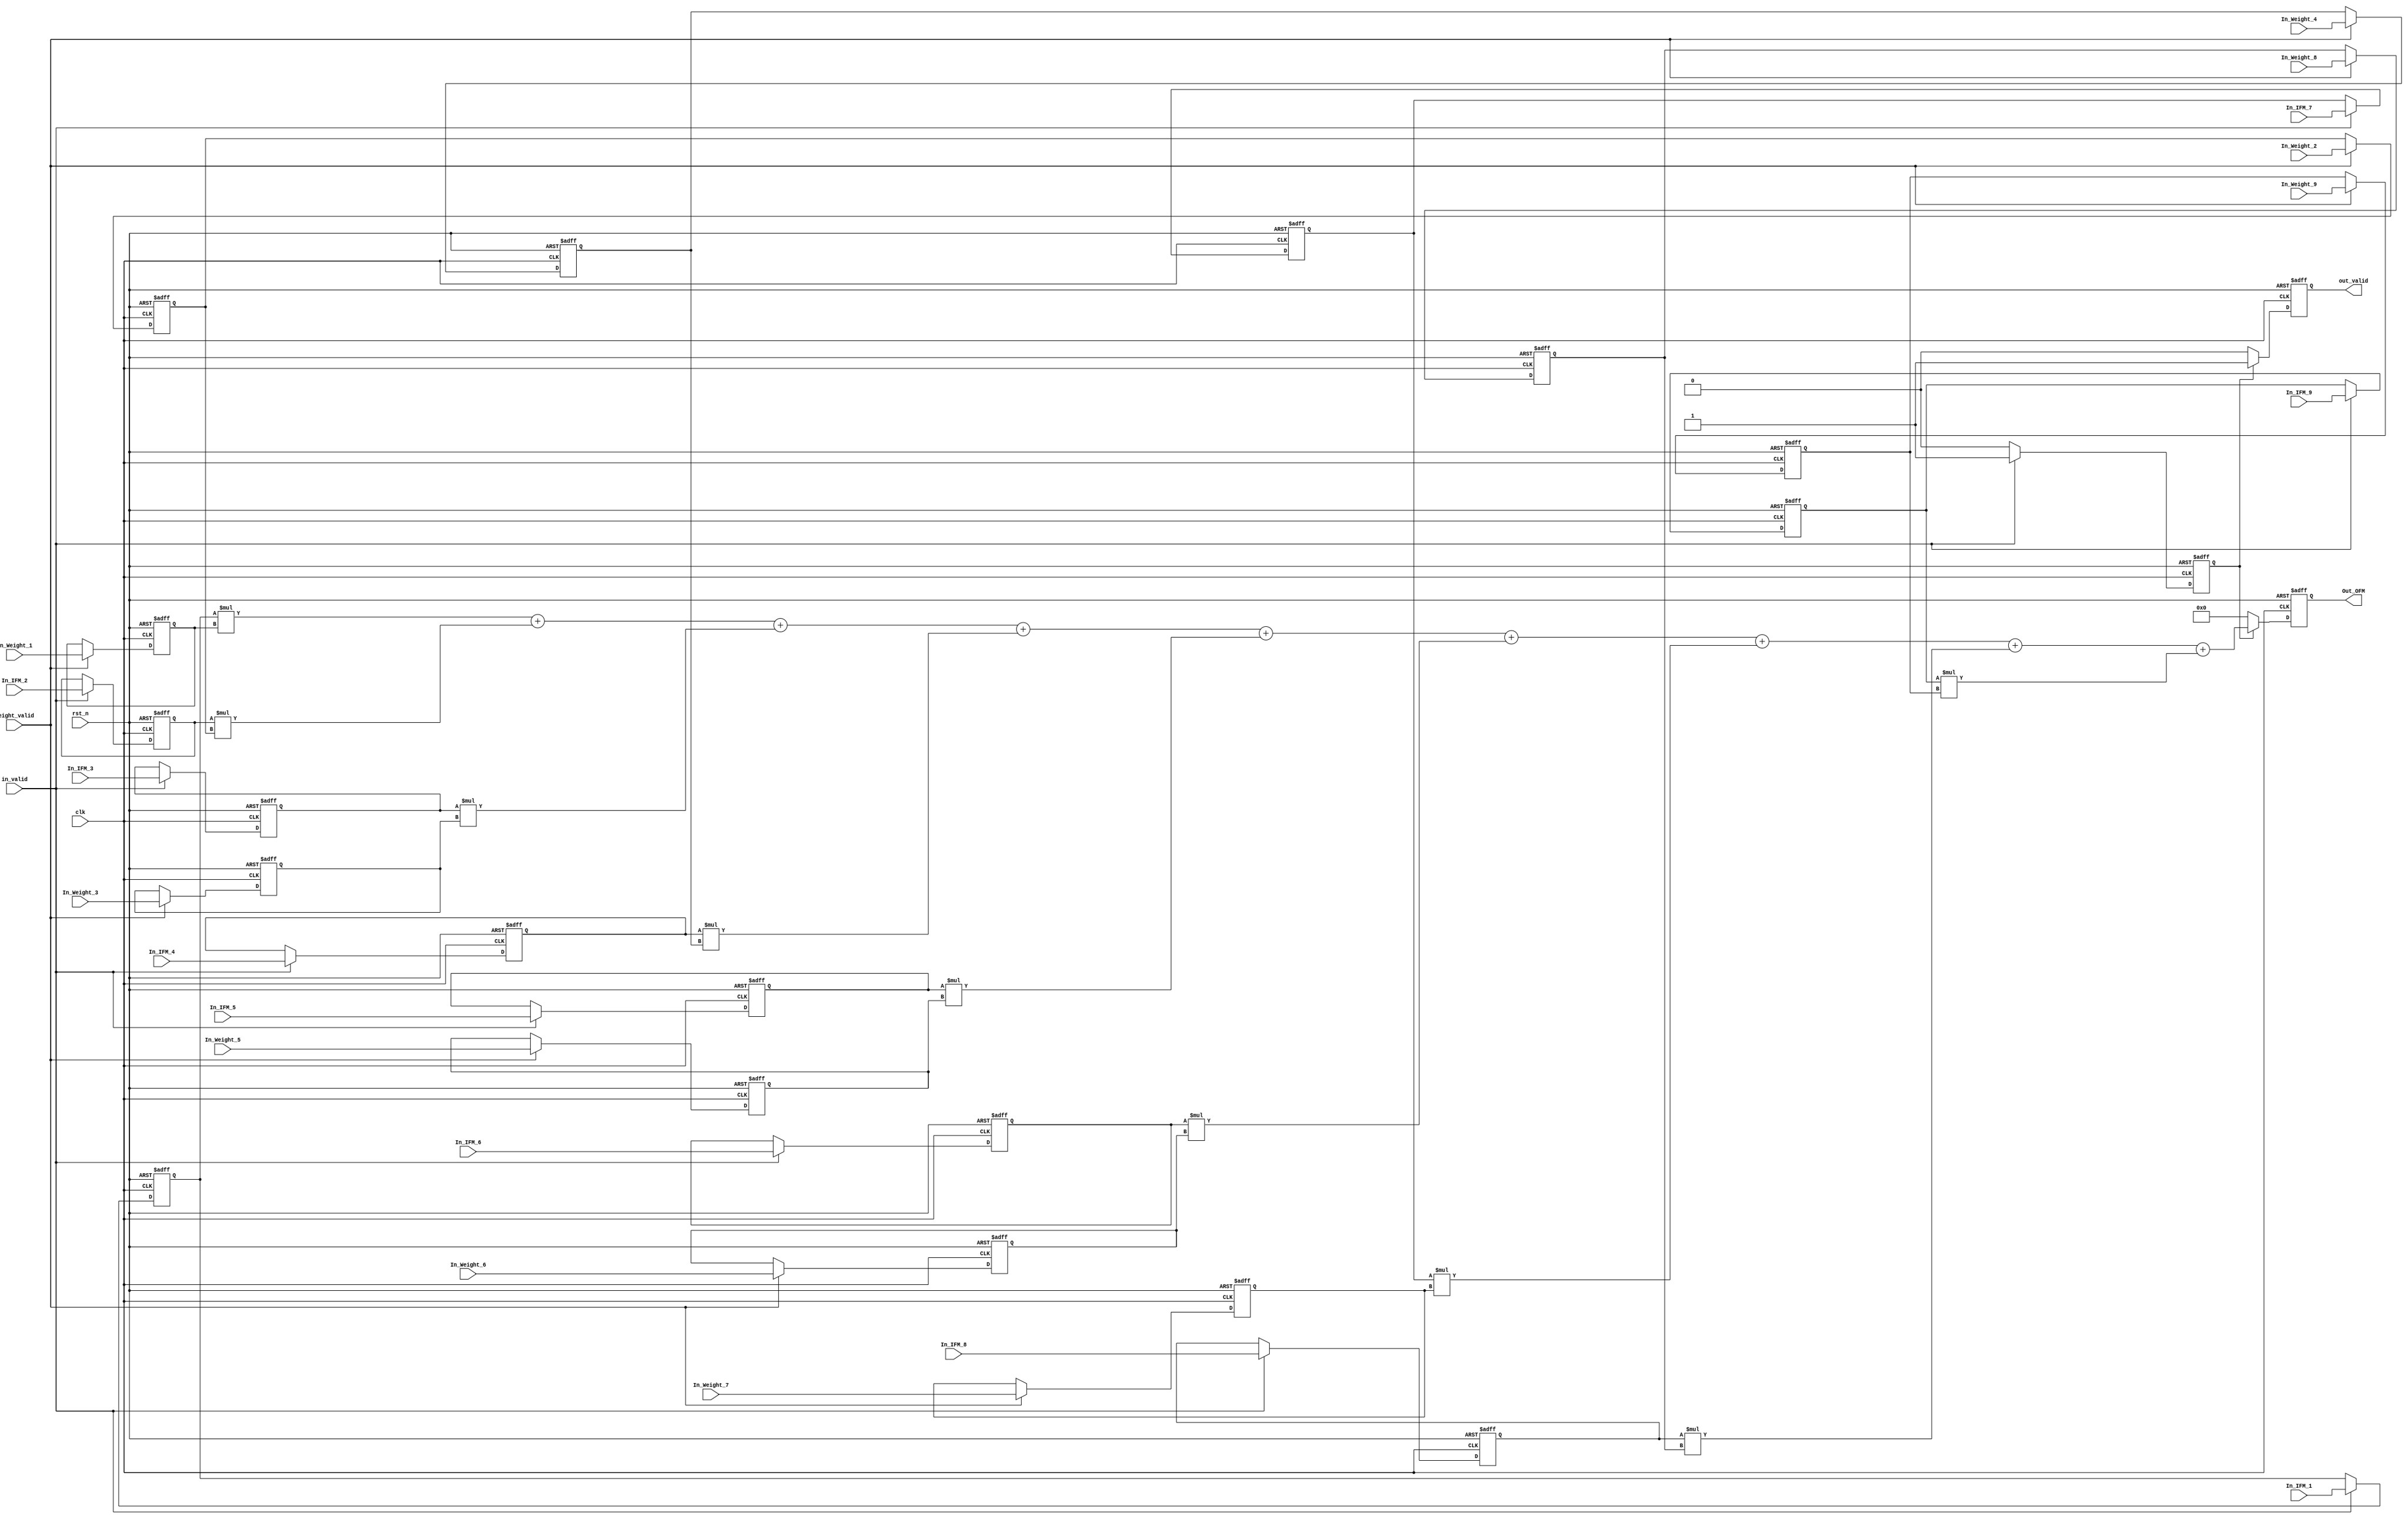
module Convolution(
        //input
        clk,
        rst_n,
        in_valid,
        weight_valid,
        In_IFM_1,
        In_IFM_2,
        In_IFM_3,
        In_IFM_4,
        In_IFM_5,
        In_IFM_6,
        In_IFM_7,
        In_IFM_8,
        In_IFM_9,
        In_Weight_1,
        In_Weight_2,
        In_Weight_3,
        In_Weight_4,
        In_Weight_5,
        In_Weight_6,
        In_Weight_7,
        In_Weight_8,
        In_Weight_9,
        //output
        out_valid, 
        Out_OFM

);

input clk, rst_n, in_valid, weight_valid;
input [7:0]In_IFM_1;
input [7:0]In_IFM_2;
input [7:0]In_IFM_3;
input [7:0]In_IFM_4;
input [7:0]In_IFM_5;
input [7:0]In_IFM_6;
input [7:0]In_IFM_7;
input [7:0]In_IFM_8;
input [7:0]In_IFM_9;
input [7:0]In_Weight_1;
input [7:0]In_Weight_2;
input [7:0]In_Weight_3;
input [7:0]In_Weight_4;
input [7:0]In_Weight_5;
input [7:0]In_Weight_6;
input [7:0]In_Weight_7;
input [7:0]In_Weight_8;
input [7:0]In_Weight_9;

output reg out_valid;
output reg [20:0] Out_OFM;
reg EXE;
reg [7:0]IFM_1;
reg [7:0]IFM_2;
reg [7:0]IFM_3;
reg [7:0]IFM_4;
reg [7:0]IFM_5;
reg [7:0]IFM_6;
reg [7:0]IFM_7;
reg [7:0]IFM_8;
reg [7:0]IFM_9;
reg [7:0]Weight_1;
reg [7:0]Weight_2;
reg [7:0]Weight_3;
reg [7:0]Weight_4;
reg [7:0]Weight_5;
reg [7:0]Weight_6;
reg [7:0]Weight_7;
reg [7:0]Weight_8;
reg [7:0]Weight_9;

always @(posedge clk or negedge rst_n) begin
    if (!rst_n) begin
        Weight_1 <= 0;
        Weight_2 <= 0;
        Weight_3 <= 0;
        Weight_4 <= 0;
        Weight_5 <= 0;
        Weight_6 <= 0;
        Weight_7 <= 0;
        Weight_8 <= 0;
        Weight_9 <= 0;

        IFM_1 <= 0;
        IFM_2 <= 0;
        IFM_3 <= 0;
        IFM_4 <= 0;
        IFM_5 <= 0;
        IFM_6 <= 0;
        IFM_7 <= 0;
        IFM_8 <= 0;
        IFM_9 <= 0;
    end 
	else begin
        if (weight_valid) begin
            Weight_1 <= In_Weight_1;
            Weight_2 <= In_Weight_2;
            Weight_3 <= In_Weight_3;
            Weight_4 <= In_Weight_4;
            Weight_5 <= In_Weight_5;
            Weight_6 <= In_Weight_6;
            Weight_7 <= In_Weight_7;
            Weight_8 <= In_Weight_8;
            Weight_9 <= In_Weight_9;
        end

        if (in_valid) begin
            IFM_1 <= In_IFM_1;
            IFM_2 <= In_IFM_2;
            IFM_3 <= In_IFM_3;
            IFM_4 <= In_IFM_4;
            IFM_5 <= In_IFM_5;
            IFM_6 <= In_IFM_6;
            IFM_7 <= In_IFM_7;
            IFM_8 <= In_IFM_8;
            IFM_9 <= In_IFM_9;
        end
    end
end


always@(posedge clk or negedge rst_n) begin
        if(!rst_n)
                EXE <= 0;
        else if(in_valid)
                EXE <= 1;
        else
                EXE <= 0;
end

always@(posedge clk or negedge rst_n) begin
        if(!rst_n)
                out_valid <= 0;
        else if(EXE)
                out_valid <= 1;
        else
                out_valid <= 0;
end

always@(posedge clk or negedge rst_n) begin
        if(!rst_n)
                Out_OFM <= 0;
        else if(EXE) begin
                Out_OFM <= IFM_1*Weight_1
                          +IFM_2*Weight_2
                          +IFM_3*Weight_3
                          +IFM_4*Weight_4
                          +IFM_5*Weight_5
                          +IFM_6*Weight_6
                          +IFM_7*Weight_7
                          +IFM_8*Weight_8
                          +IFM_9*Weight_9;
        end
        
        else 
                Out_OFM <= 0;
end
endmodule